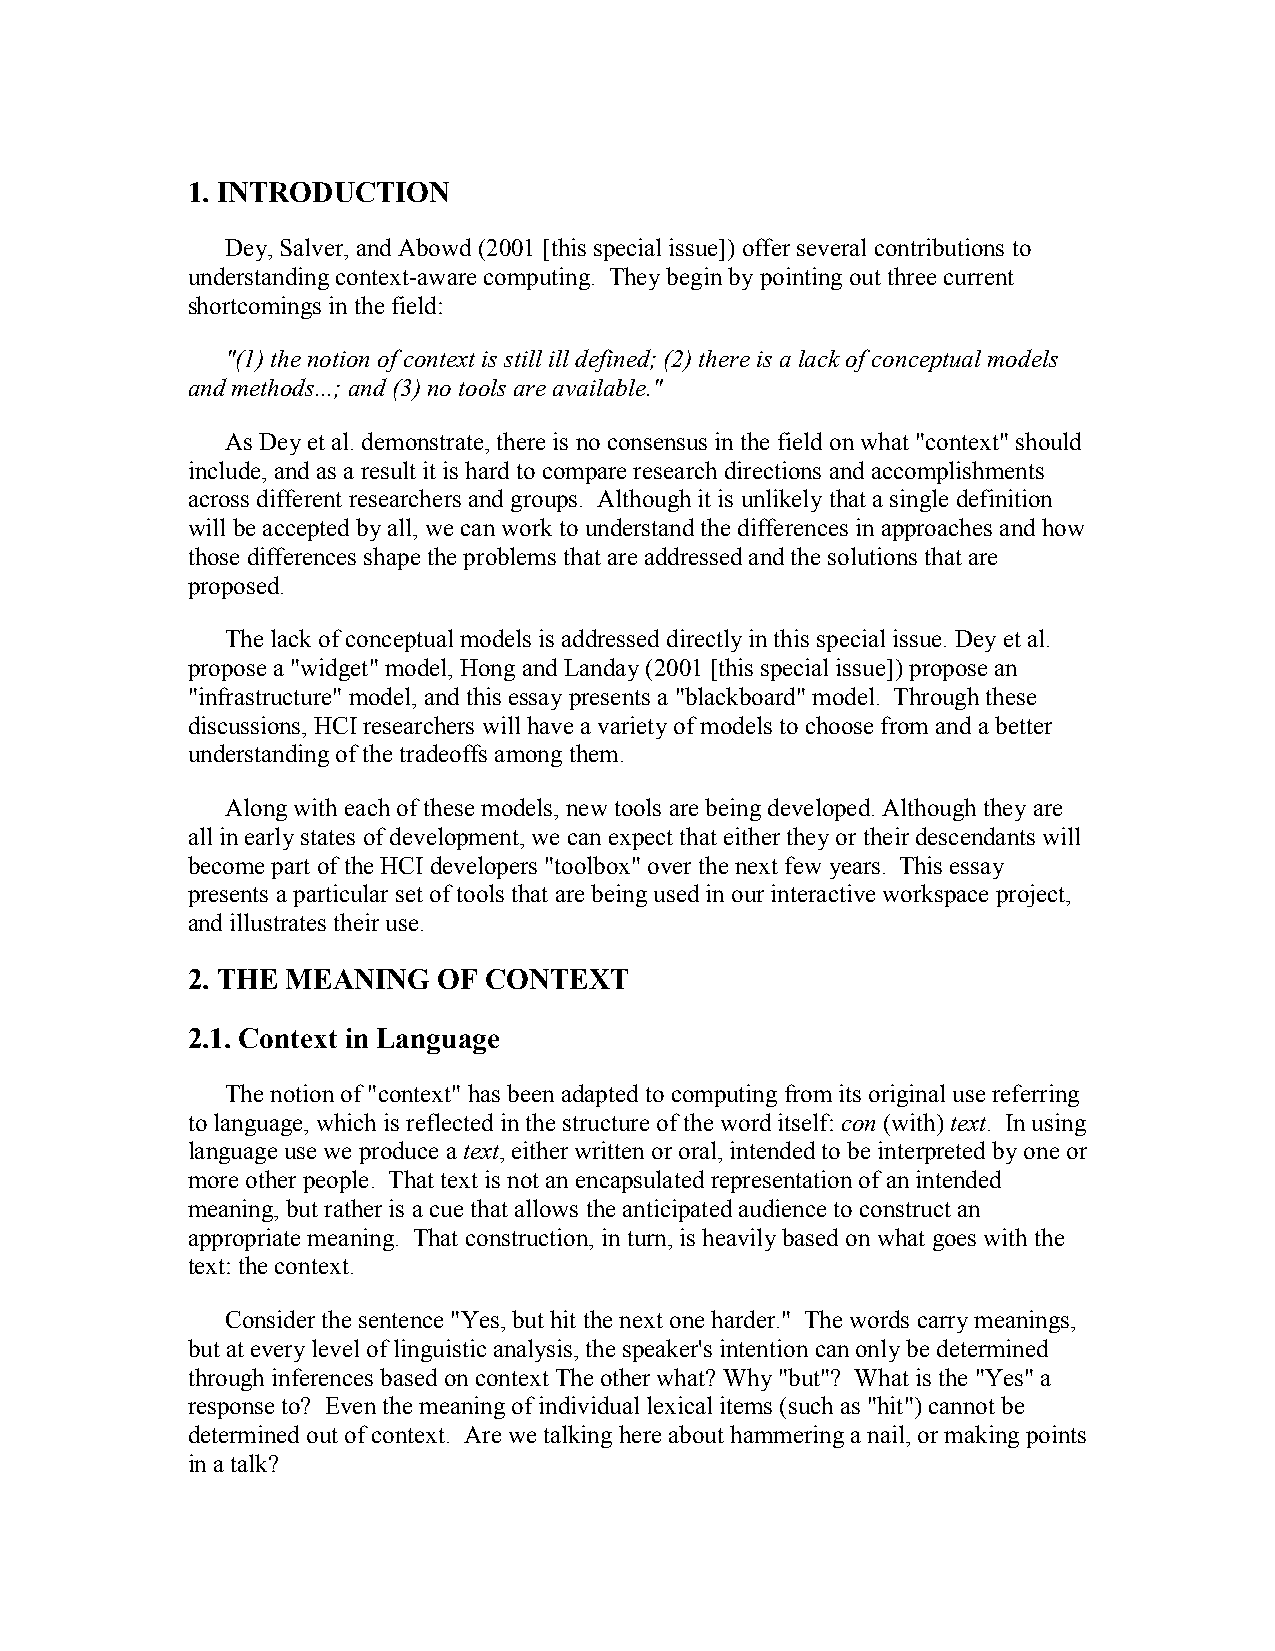
1. INTRODUCTION
 Dey, Salver, and Abowd (2001 [this special issue]) offer several contributions to
 understanding context-aware computing. They begin by pointing out three current
 shortcomings in the field:
 "(1) the notion of context is still ill defined; (2) there is a lack of conceptual models
 and methods...; and (3) no tools are available."
 As Dey et al. demonstrate, there is no consensus in the field on what "context" should
 include, and as a result it is hard to compare research directions and accomplishments
 across different researchers and groups. Although it is unlikely that a single definition
 will be accepted by all, we can work to understand the differences in approaches and how
 those differences shape the problems that are addressed and the solutions that are
 proposed.
 The lack of conceptual models is addressed directly in this special issue. Dey et al.
 propose a "widget" model, Hong and Landay (2001 [this special issue]) propose an
 "infrastructure" model, and this essay presents a "blackboard" model. Through these
 discussions, HCI researchers will have a variety of models to choose from and a better
 understanding of the tradeoffs among them.
 Along with each of these models, new tools are being developed. Although they are
 all in early states of development, we can expect that either they or their descendants will
 become part of the HCI developers "toolbox" over the next few years. This essay
 presents a particular set of tools that are being used in our interactive workspace project,
 and illustrates their use.
 2. THE MEANING   OF CONTEXT
 2.1. Context in Language
 The notion of "context" has been adapted to computing from its original use referring
 to language, which is reflected in the structure of the word itself: con (with) text. In using
 language use we produce a text, either written or oral, intended to be interpreted by one or
 more other people. That text is not an encapsulated representation of an intended
 meaning, but rather is a cue that allows the anticipated audience to construct an
 appropriate meaning. That construction, in turn, is heavily based on what goes with the
 text: the context.
 Consider the sentence "Yes, but hit the next one harder." The words carry meanings,
 but at every level of linguistic analysis, the speaker's intention can only be determined
 through inferences based on context The other what? Why "but"? What is the "Yes" a
 response to? Even the meaning of individual lexical items (such as "hit") cannot be
 determined out of context. Are we talking here about hammering a nail, or making points
 in a talk?